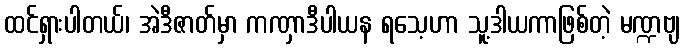
ထင်ရှားပါတယ်၊ အဲဒီဇာတ်မှာ ကဏှာဒီပါယန ရသေ့ဟာ သူ့ဒါယကာဖြစ်တဲ့ မဏ္ဍဗျ